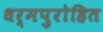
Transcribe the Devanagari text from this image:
धर्मपुरोहित